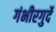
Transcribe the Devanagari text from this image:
गंभीरगुर्दे